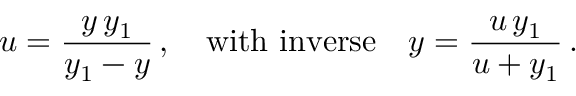
u = \frac { y \, y _ { 1 } } { y _ { 1 } - y } \, , \quad \mathrm { w i t h ~ i n v e r s e } \quad y = \frac { u \, y _ { 1 } } { u + y _ { 1 } } \, .